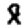
Digit: 8